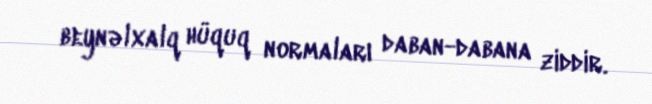
beynəlxalq hüquq normaları daban-dabana ziddir.